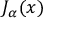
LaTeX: J _ { \alpha } ( x )